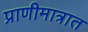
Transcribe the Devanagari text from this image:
प्राणीमात्रात